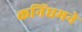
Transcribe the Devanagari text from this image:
कनिंघमने